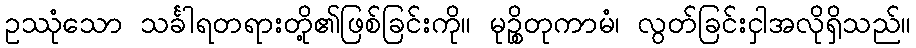
ဥဿုံသော သင်္ခါရတရားတို့၏ဖြစ်ခြင်းကို။ မုဉ္စိတုကာမံ၊ လွတ်ခြင်းငှါအလိုရှိသည်။